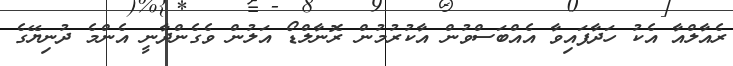
ރެއާލްއާ އެކު ހަދާފައިވާ އެއްބަސްވުން އާކުރުމުން ރޮނާލްޑޯ އަލުން ވެގެންދާނީ އެންމެ ދުނިޔޭގެ